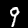
Label: 9